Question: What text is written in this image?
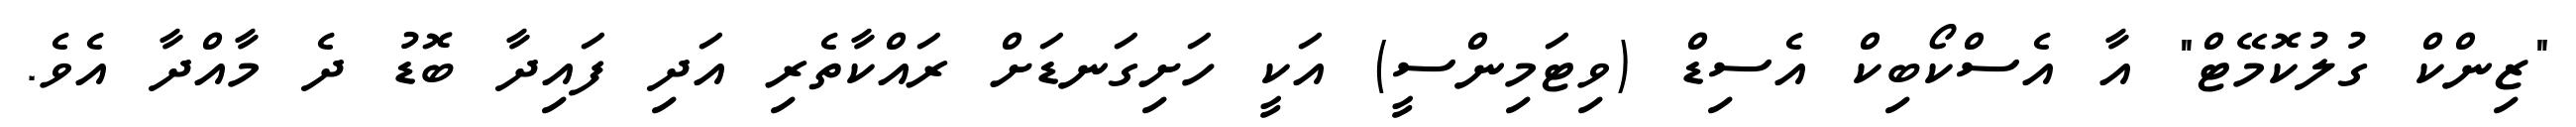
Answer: "ޒިންކް ގުލުކޮމޭޓް" އާ އެސްކޯބިކް އެސިޑް (ވިޓަމިންސީ) އަކީ ހަށިގަނޑަށް ރައްކާތެރި އަދި ފައިދާ ބޮޑު ދެ މާއްދާ އެވެ.